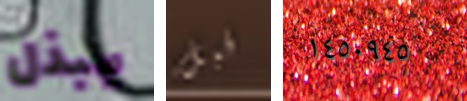
يبذل قبل ١٤٥٠٩٤٥